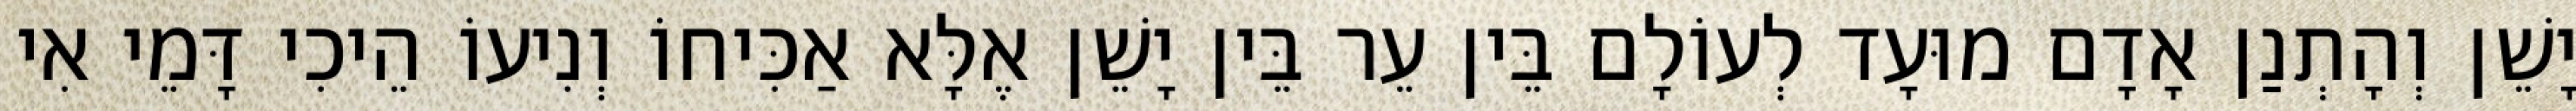
יָשֵׁן וְהָתְנַן אָדָם מוּעָד לְעוֹלָם בֵּין עֵר בֵּין יָשֵׁן אֶלָּא אַכִּיחוֹ וְנִיעוֹ הֵיכִי דָּמֵי אִי